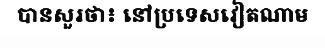
បានសួរថា៖ នៅប្រទេសវៀតណាម